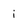
Character: i